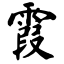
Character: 霞